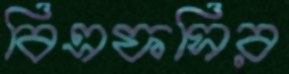
বিএফসির